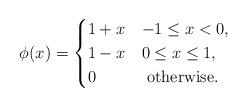
LaTeX: \begin{align*}\phi(x)=\begin{cases} 1+x & -1\le x < 0,\\1-x & 0\le x\le 1,\\0 & \hbox{ otherwise.}\\\end{cases}\end{align*}